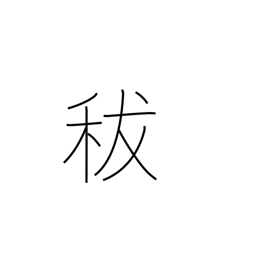
Meaning: damaged grain